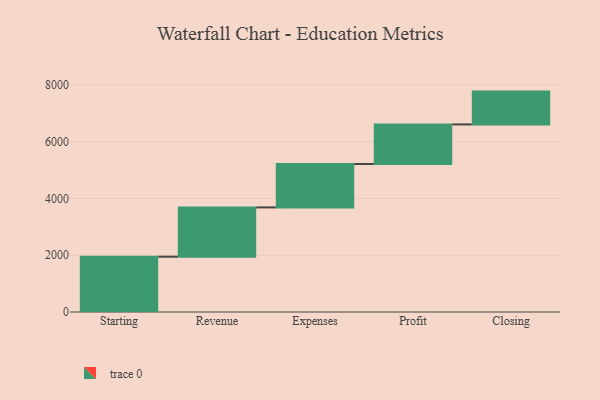
{"axis": {"x": "Step", "y": "Value"}, "legend": [""], "data": [{"x": "Starting", "y": 1948.0, "type": ""}, {"x": "Revenue", "y": 1735.0, "type": ""}, {"x": "Expenses", "y": 1528.0, "type": ""}, {"x": "Profit", "y": 1395.0, "type": ""}, {"x": "Closing", "y": 1156.0, "type": ""}]}